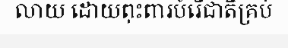
លាយ ដោយពុះពារបំរើជាតិគ្រប់